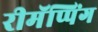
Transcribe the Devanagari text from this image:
रीमॅप्पिंग